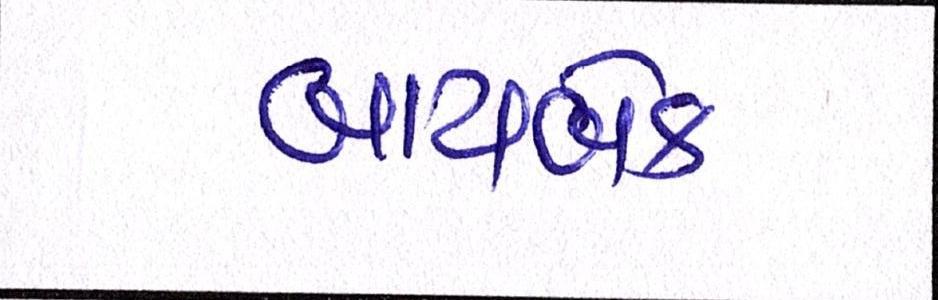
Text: બાયબેક